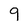
Character: 9